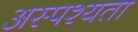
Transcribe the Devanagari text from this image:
अस्पश्यता